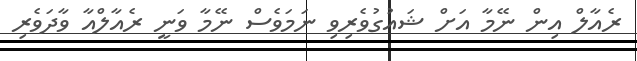
ރެއާލް އިން ނޭމާ އަށް ޝައުގުވެރިވި ނަމަވެސް ނޭމާ ވަނީ ރެއާލްއާ ވާދަވެރި